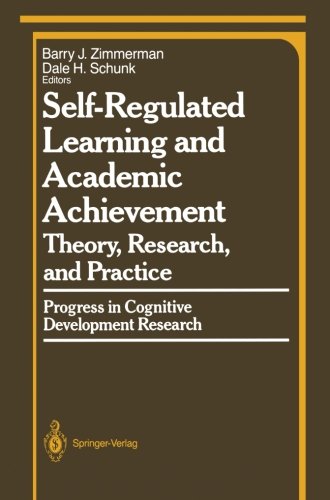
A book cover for Self-Regulated Learning and Academic Achievement: Theory, Research, and Practice (Springer Series in Cognitive Development); Education & Teaching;